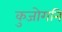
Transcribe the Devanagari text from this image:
कुजोगनि